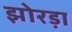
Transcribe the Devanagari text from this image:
झोरड़ा